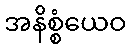
အနိစ္စံယေဝ